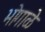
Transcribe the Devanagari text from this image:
भोगाळे